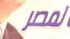
لمعر